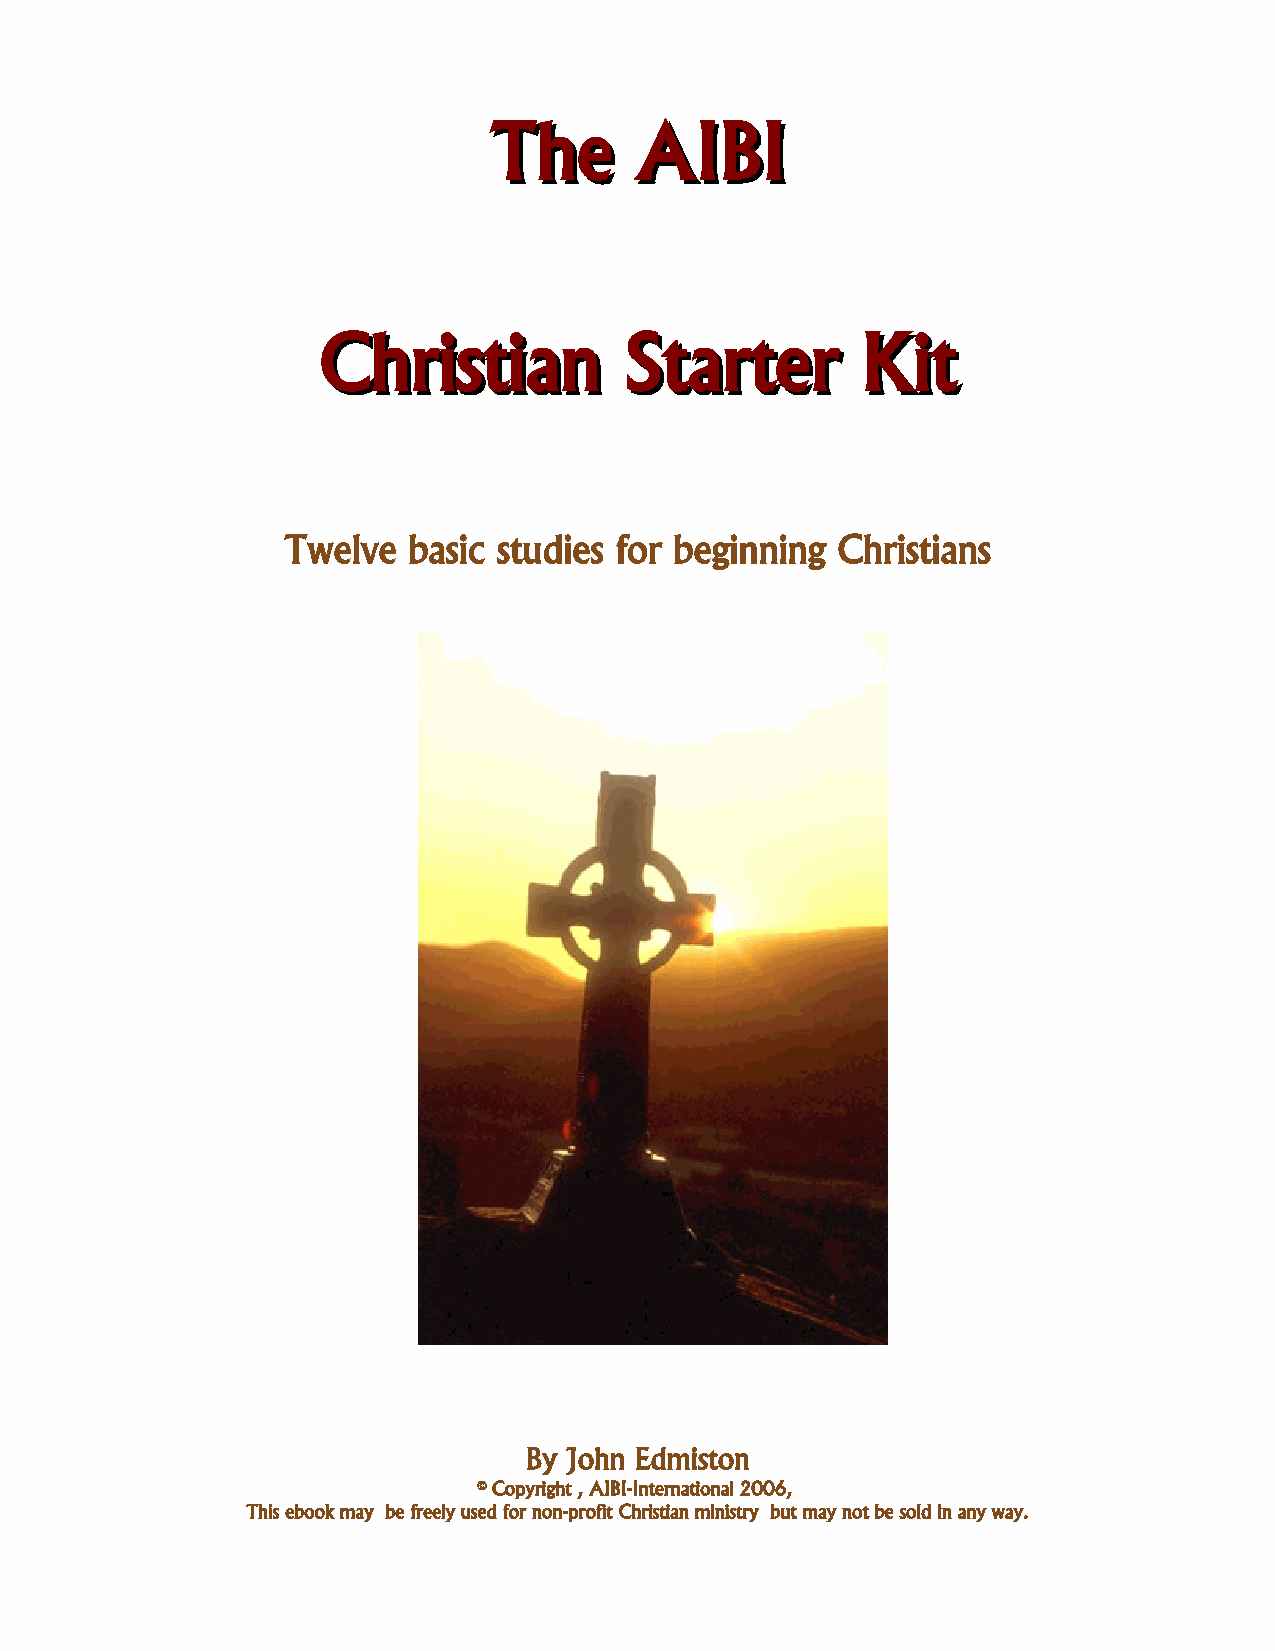
TThhee    AAIIBBII
 CChhrriissttiiaann  SSttaarrtteerr  KKiitt
 Twelve  basic studies for beginning Christians
 By John Edmiston
 © Copyright , AIBI-International 2006,
 This ebook may be freely used for non-profit Christian ministry but may not be sold in any way.